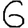
Digit: 6